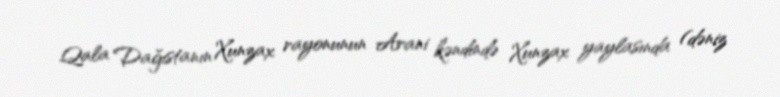
Qala Dağıstanın Xunzax rayonunun Arani kəndində Xunzax yaylasında (dəniz